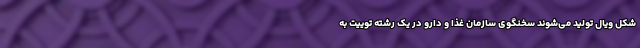
شکل ویال تولید می‌شوند سخنگوی سازمان غذا و دارو در یک رشته توییت به